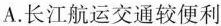
A.长江航运交通较便利